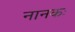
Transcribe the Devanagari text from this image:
नानकः